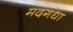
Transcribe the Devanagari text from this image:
मदगंधा